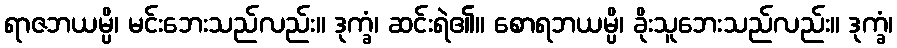
ရာဇဘယမ္ပိ၊ မင်းဘေးသည်လည်း။ ဒုက္ခံ၊ ဆင်းရဲ၏။ စောရဘယမ္ပိ၊ ခိုးသူဘေးသည်လည်း။ ဒုက္ခံ၊